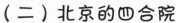
(二)北京的四合院